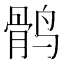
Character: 鹘